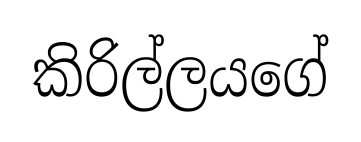
කිරිල්ලයගේ